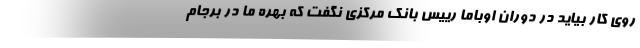
روی کار بیاید در دوران اوباما رییس بانک مرکزی نگفت که بهره ما در برجام